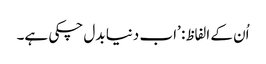
اُن کے الفاظ: ’اب دنیا بدل چکی ہے۔